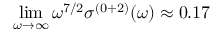
\operatorname* { l i m } _ { \omega \to \infty } \omega ^ { 7 / 2 } \sigma ^ { ( 0 + 2 ) } ( \omega ) \approx 0 . 1 7